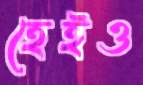
হেইও